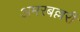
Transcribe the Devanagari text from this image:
अमरबल्लरी